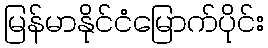
မြန်မာနိုင်ငံမြောက်ပိုင်း